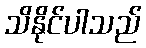
သိနိုင်ပါသည်